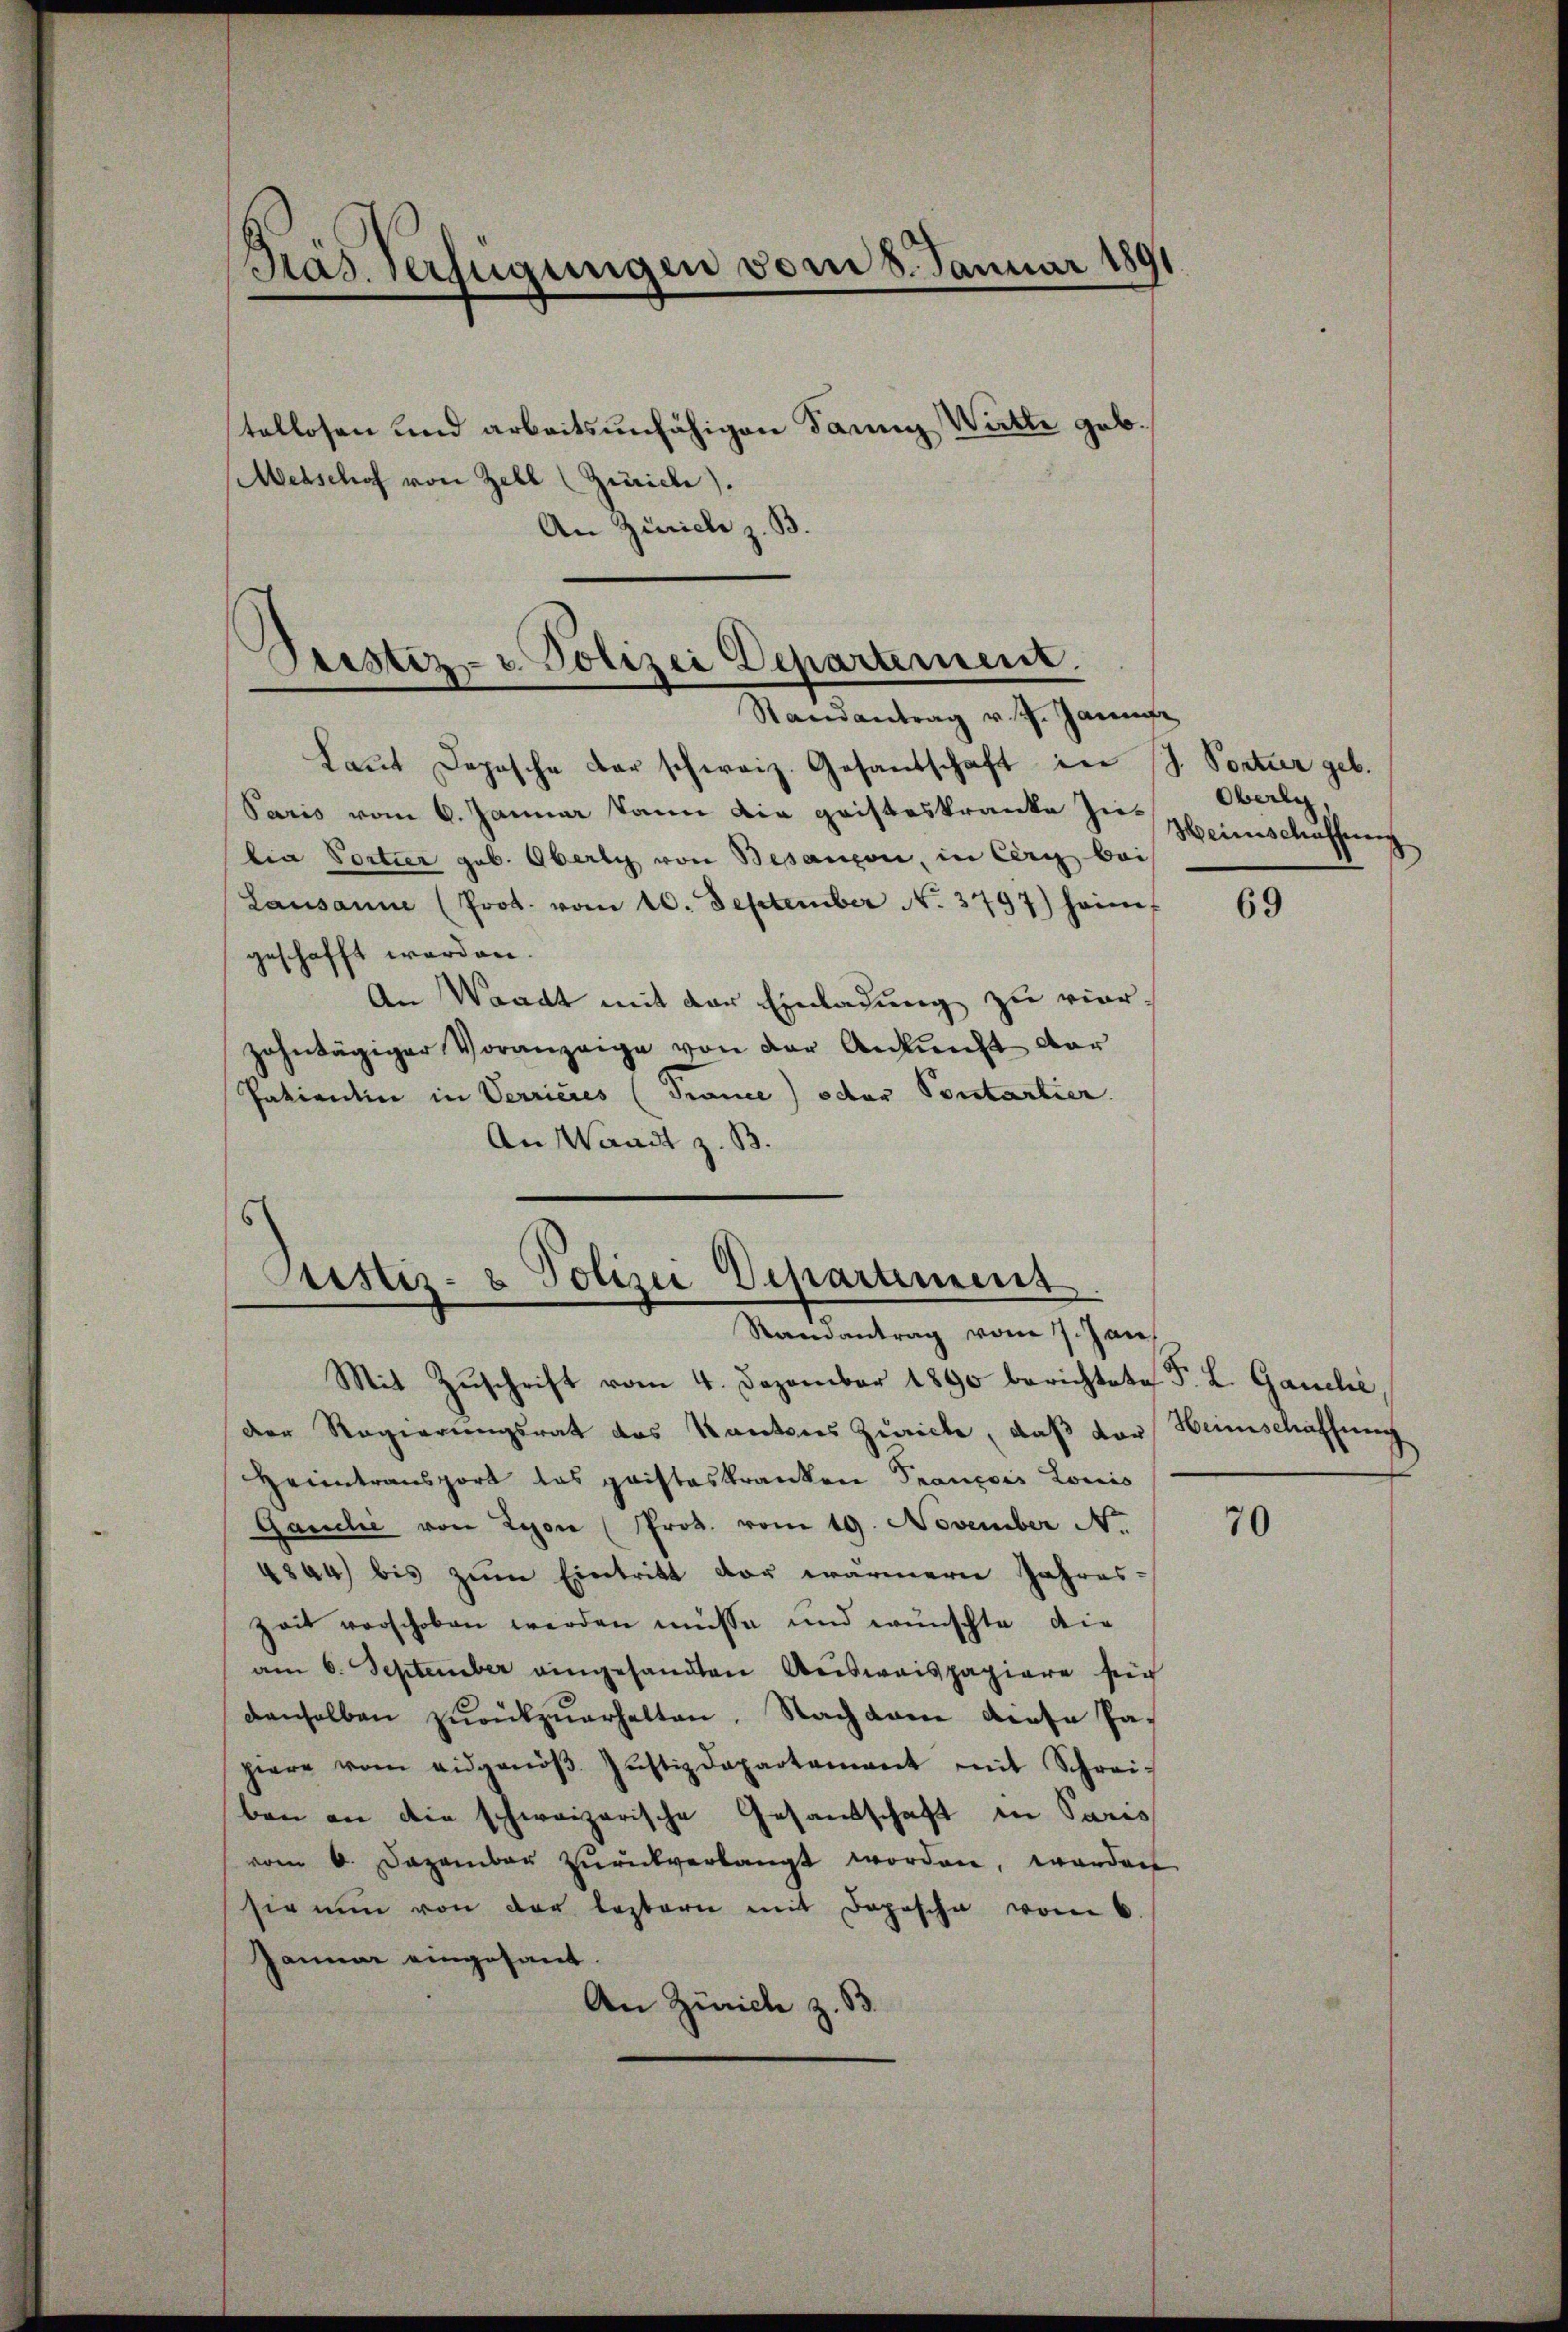
Pas. Verfügungen vom 8. Januar 1891

tellosen und arbeitsunfähigen Dann Witte geb.
Metschof von Zell (Zürich).
An Zürich z. B.

Puestiz- u. Polizei Departement.

Randantrag v. J. Janse
Laut Depesche der schweiz. Gesandschaft in J. Portier geb.
Paris vom 6. Januar kann die geisteskranke Zulia Portier geb. Oberli von Besançon, in Cern bei
Lausanne (Prot. vom 10. September No. 3797) heimf
geschafft werden.
An Waadt mit der Einladung zu vier-
zahntägiger Voranzeige von der Ankunft dar
Patientin in Verrieres (Tronce) oder Pontartier.
An Waadt z. B.

s
Justiz- & Polizei Departement.
Randantrag vom 7. Jan

Mit Zuschrift vom 4. Dezember 1890 berichtete F. L. Ganelić,
der Regierungsrat des Kantons Zürich, daß dar
Heimtransport das Cristeskranken Prançois Louis
Gaudie von Lyon (Prot. vom 19. November Nr.
4844 bis zŭm Eintritt vor wärmern Jahres:
Zeit verschoben werden müsse und wünschte die
am 6. September eingesandten Ausweispapiere sich
denselben zŭrükzŭerhalten. Nachdem diese Pa-
piere vom eidgenöβ. Jŭstizdepartement mit Schrei-
ben an die schweizerische Gesandtschaft in Paris
vom 6. Dezember zŭrückverlangt worden, worden
sie nun von der leztern mit Depesche vom 6.
Januar eingesant.
An Zürich z. B.

Oberg,
Heinschaffnen
s

69

Heimschaffung

70